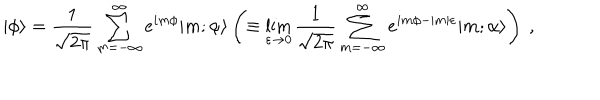
\vert \phi \rangle = { \frac { 1 } { \sqrt { 2 \pi } } } \sum _ { m = - \infty } ^ { \infty } e ^ { i m \phi } \vert m ; \alpha \rangle \left( \equiv \lim _ { \varepsilon \to 0 } { \frac { 1 } { \sqrt { 2 \pi } } } \sum _ { m = - \infty } ^ { \infty } e ^ { i m \phi - \vert m \vert \varepsilon } \vert m ; \alpha \rangle \right) \ ,